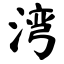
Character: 湾